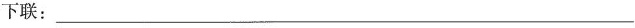
下联：___